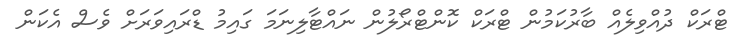
ޓްރަކް ދުއްވިލެއް ބާރުކަމުން ޓްރަކް ކޮންޓްރޯލުން ނައްޓާލިނަމަ ގައިމު ޑްރައިވަރަށް ވެސް އެކަން